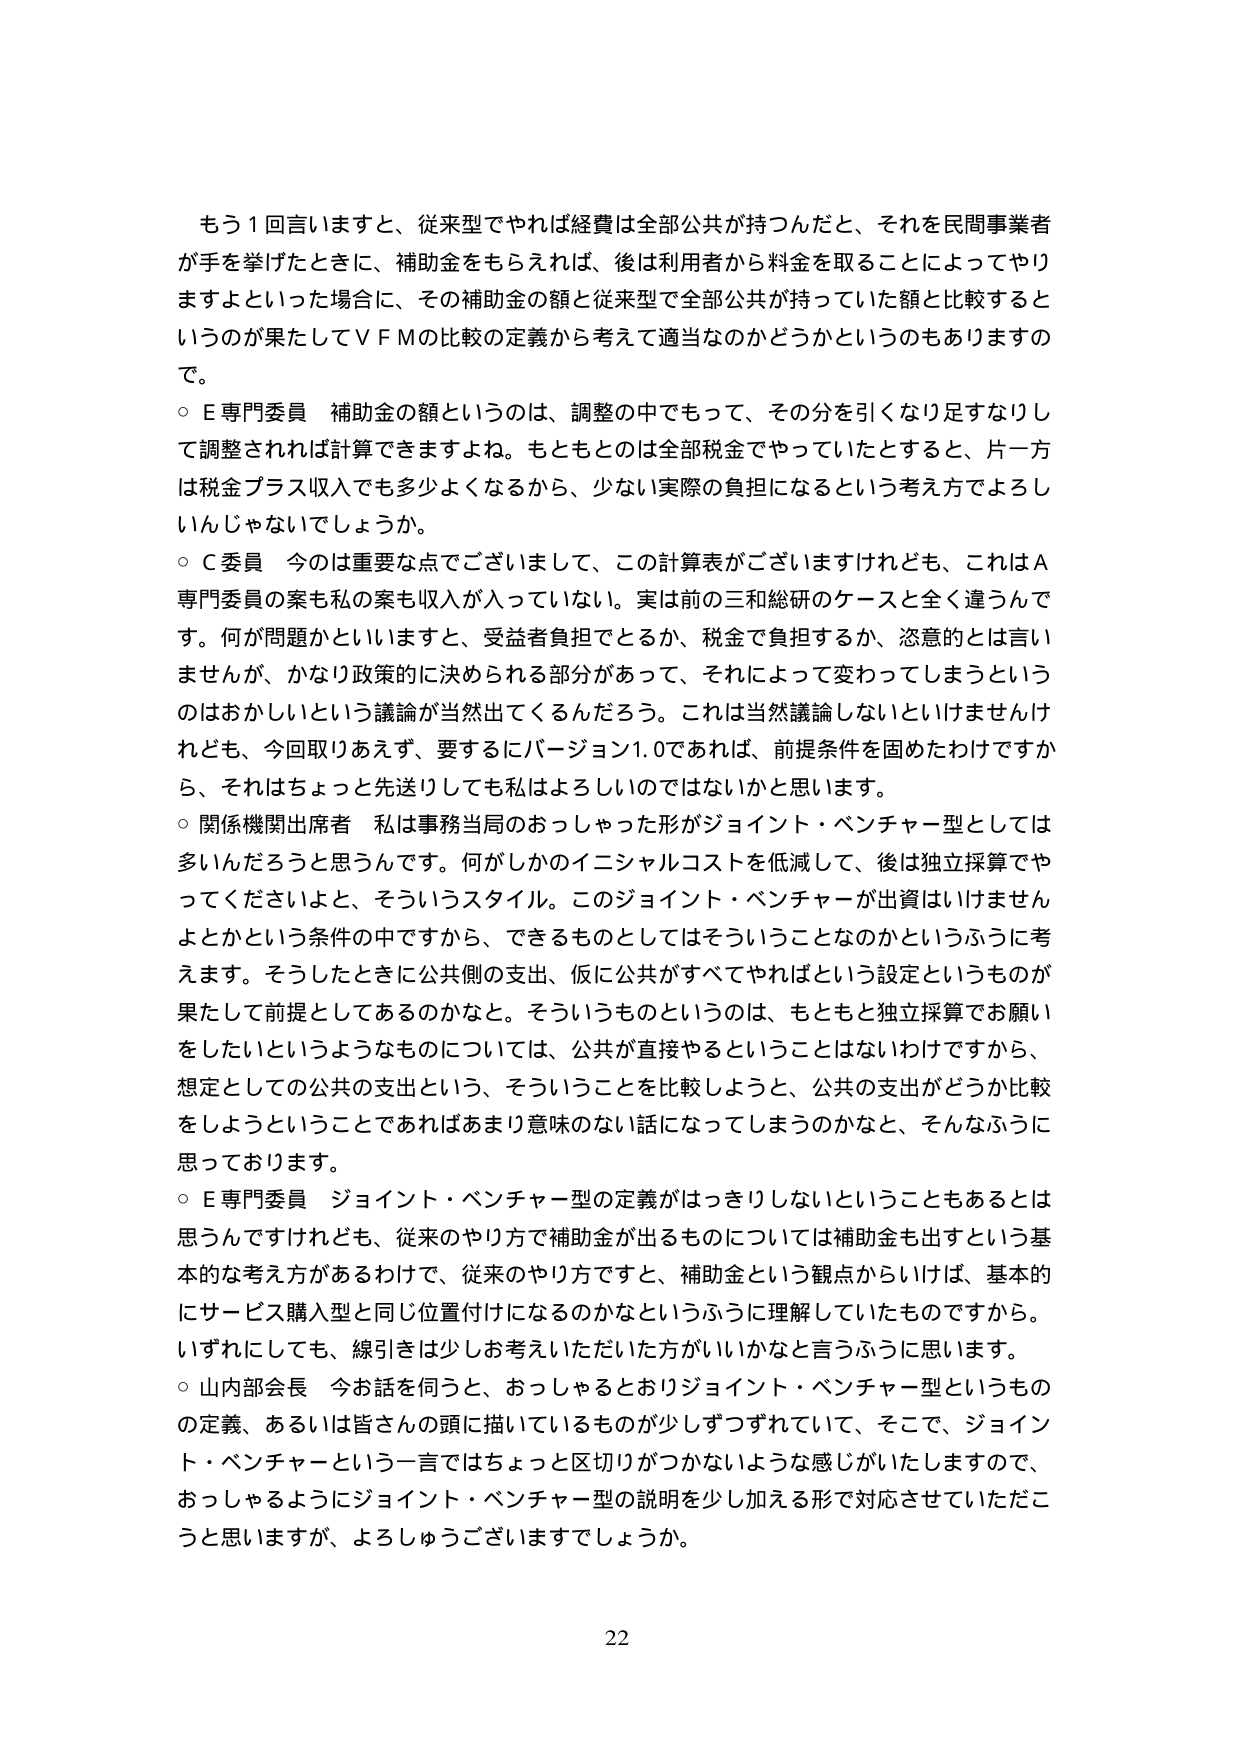
もう１回言いますと、従来型でやれば経費は全部公共が持つんだと、それを民間事業者が手を挙げたときに、補助金をもらえれば、後は利用者から料金を取ることによってやりますよといった場合に、その補助金の額と従来型で全部公共が持っていた額と比較するというのが果たしてＶＦＭの比較の定義から考えて適当なのかどうかというのもありますので。

○Ｅ専門委員　補助金の額というのは、調整の中でもって、その分を引くなり足すなりして調整されれば計算できますよね。もともとは全部税金でやっていたとすると、片一方は税金プラス収入でも多少よくなるから、少ない実際の負担になるという考え方でよろしいんじゃないでしょうか。

○Ｃ委員　今のは重要な点でございまして、この計算表がございますけれども、これはＡ専門委員の案も私の案も収入が入っていない。実は前の三和総研のケースと全く違うんです。何が問題かといいますと、受益者負担であるか、税金で負担するか、恣意的とは言いませんが、かなり政策的に決められる部分があって、それによって変わってしまうというのはおかしいという議論が当然出てくるんだろう。これは当然議論しないといけませんけれども、今回取りあえず、要するにバージョン1.0であれば、前提条件を固めたわけですから、それはちょっと先送りしても私はよろしいのではないかと思います。

○関係機関出席者　私は事務当局のおっしゃった形がジョイント・ベンチャー型としては多いんだろうと思うんです。何がしかのイニシャルコストを低減して、後は独立採算でやってくださいよと、そういうスタイル。このジョイント・ベンチャーが出資はいきませんよとかという条件の中ですから、できるものとしてはそういうことなのかというふうに考えます。そうしたときに公共側の支出、仮に公共がすべてやればという設定というものが果たして前提としてあるのかなと。そういうものというのは、もともと独立採算でお願いをしたいというようなものについては、公共が直接やるということはないわけですから、想定としての公共の支出という、そういうことを比較しようと、公共の支出がどうか比較をしようということでであればあまり意味のない話になってしまうのかなと、そんなふうに思っております。

○Ｅ専門委員　ジョイント・ベンチャー型の定義がはっきりしないということもあるとは思うんですけれども、従来のやり方で補助金が出るものについては補助金も出すという基本的な考え方があるわけで、従来のやり方ですと、補助金という観点からいけば、基本的にサービス購入型と同じ位置付けになるのかなというふうに理解していたものですから。いずれにしても、線引きは少しお考えいただいた方がいいかなと言うふうに思います。

○山内部会長　今お話を伺うと、おっしゃるとおりジョイント・ベンチャー型というものの定義、あるいは皆さんの頭に描いているものが少しずつずれていて、そこで、ジョイント・ベンチャーという一言ではちょっと区切りがつかないような感じがいたしますので、おっしゃるようにジョイント・ベンチャー型の説明を少し加える形で対応させていただこうと思いますが、よろし�缨ございますでしょうか。

22